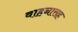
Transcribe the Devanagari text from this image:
वाहनासह